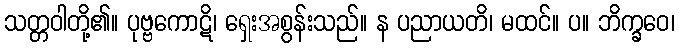
သတ္တဝါတို့၏။ ပုဗ္ဗကောဋိ၊ ရှေးအစွန်းသည်။ န ပညာယတိ၊ မထင်။ ပ။ ဘိက္ခဝေ၊